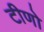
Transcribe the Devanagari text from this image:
टीणो